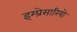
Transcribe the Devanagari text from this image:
इम्प्रेसारियो